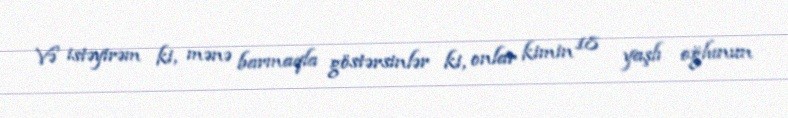
Və istəyirəm ki, mənə barmaqla göstərsinlər ki, onlar kimin 18 yaşlı oğlunun